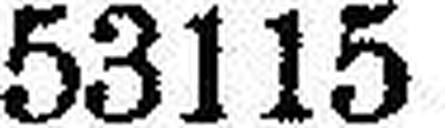
53115